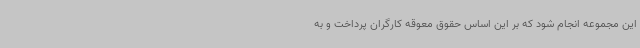
این مجموعه انجام شود که بر این اساس حقوق معوقه کارگران پرداخت و به